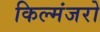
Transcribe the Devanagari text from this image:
किल्मंजरो